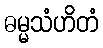
ဓမ္မသံဟိတံ